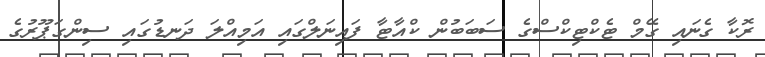
ރޮކާ ގެނައި ގޭމް ޓެކްޓިކްސްގެ ސަބަބުން ކްއާޓާ ފައިނަލްގައި އަމިއްލަ ދަނޑުގައި ސިންގަޕޫރުގެ